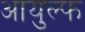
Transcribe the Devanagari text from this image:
आयुल्फ